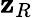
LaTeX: \mathbf{z}_{R}